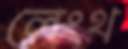
লেংথ